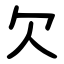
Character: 欠